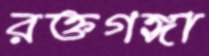
রক্তগঙ্গা